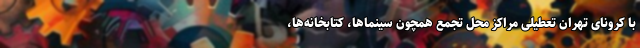
با کرونای تهران تعطیلی مراکز محل تجمع همچون سینماها، کتابخانه‌ها،